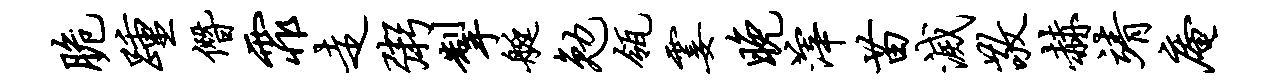
脆踵僭霏走粥掣艇勉瓴霎晚滓苗灭敬赫靖庵